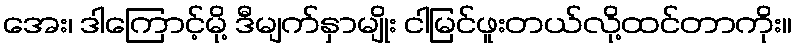
အေး၊ ဒါကြောင့်မို့ ဒီမျက်နှာမျိုး ငါမြင်ဖူးတယ်လို့ထင်တာကိုး။